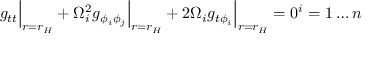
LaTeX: g _ { t t } \Big | _ { r = r _ { H } } + \Omega _ { i } ^ { 2 } g _ { \phi _ { i } \phi _ { j } } \Big | _ { r = r _ { H } } + 2 \Omega _ { i } g _ { t \phi _ { i } } \Big | _ { r = r _ { H } } = 0 \sp i = 1 \ldots n